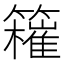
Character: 𥶮